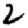
Digit: 2